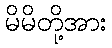
မိမိတို့အား